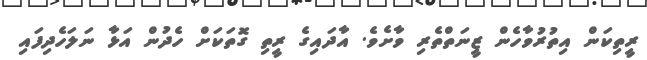
ރީތިކަން އިތުރުވާހެން ޒީނަތްތެރި ވާށެވެ. އާދައިގެ ރީތި ގޮތަކަށް ހެދުން އަޅާ ނަލަހެދިފައި